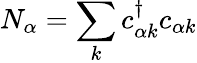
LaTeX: N_{\alpha}=\sum_{k}c_{\alpha k}^{\dagger}c_{\alpha k}